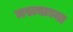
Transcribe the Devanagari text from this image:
मस्त्याच्या